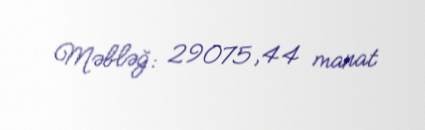
Məbləğ: 29075,44 manat